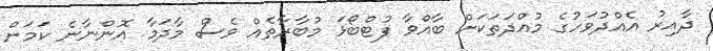
ދާއިރު އެއްދުވަހުގެ މުއްދަތަކަށް ބާއްވާ ފުޓްބޯޅަ މުބާރާތެއް ވެސް މާދަމާ އޮންނާނެ ކަމަށް